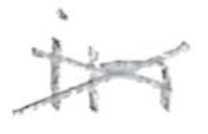
Text: in
Cross-out: cross
Writing tool: pencil